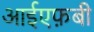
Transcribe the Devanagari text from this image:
आईएफ़बी